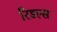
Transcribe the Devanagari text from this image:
रिडल्स